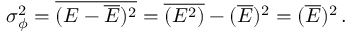
\sigma _ { \phi } ^ { 2 } = \overline { { ( E - \overline { { E } } ) ^ { 2 } } } = \overline { { ( E ^ { 2 } ) } } - ( \overline { { E } } ) ^ { 2 } = ( \overline { { E } } ) ^ { 2 } \, .